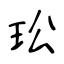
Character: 玜